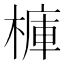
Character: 𣘍